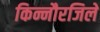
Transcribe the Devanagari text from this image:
किन्नौरजिले